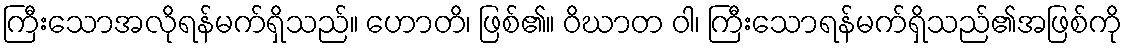
ကြီးသောအလိုရန်မက်ရှိသည်။ ဟောတိ၊ ဖြစ်၏။ ဝိဃာတ ဝါ၊ ကြီးသောရန်မက်ရှိသည်၏အဖြစ်ကို